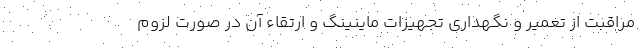
مراقبت از تعمیر و نگهداری تجهیزات ماینینگ و ارتقاء آن در صورت لزوم